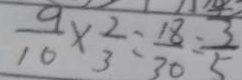
\frac { 9 } { 1 0 } \times \frac { 2 } { 3 } = \frac { 1 8 } { 3 0 } = \frac { 3 } { 5 }